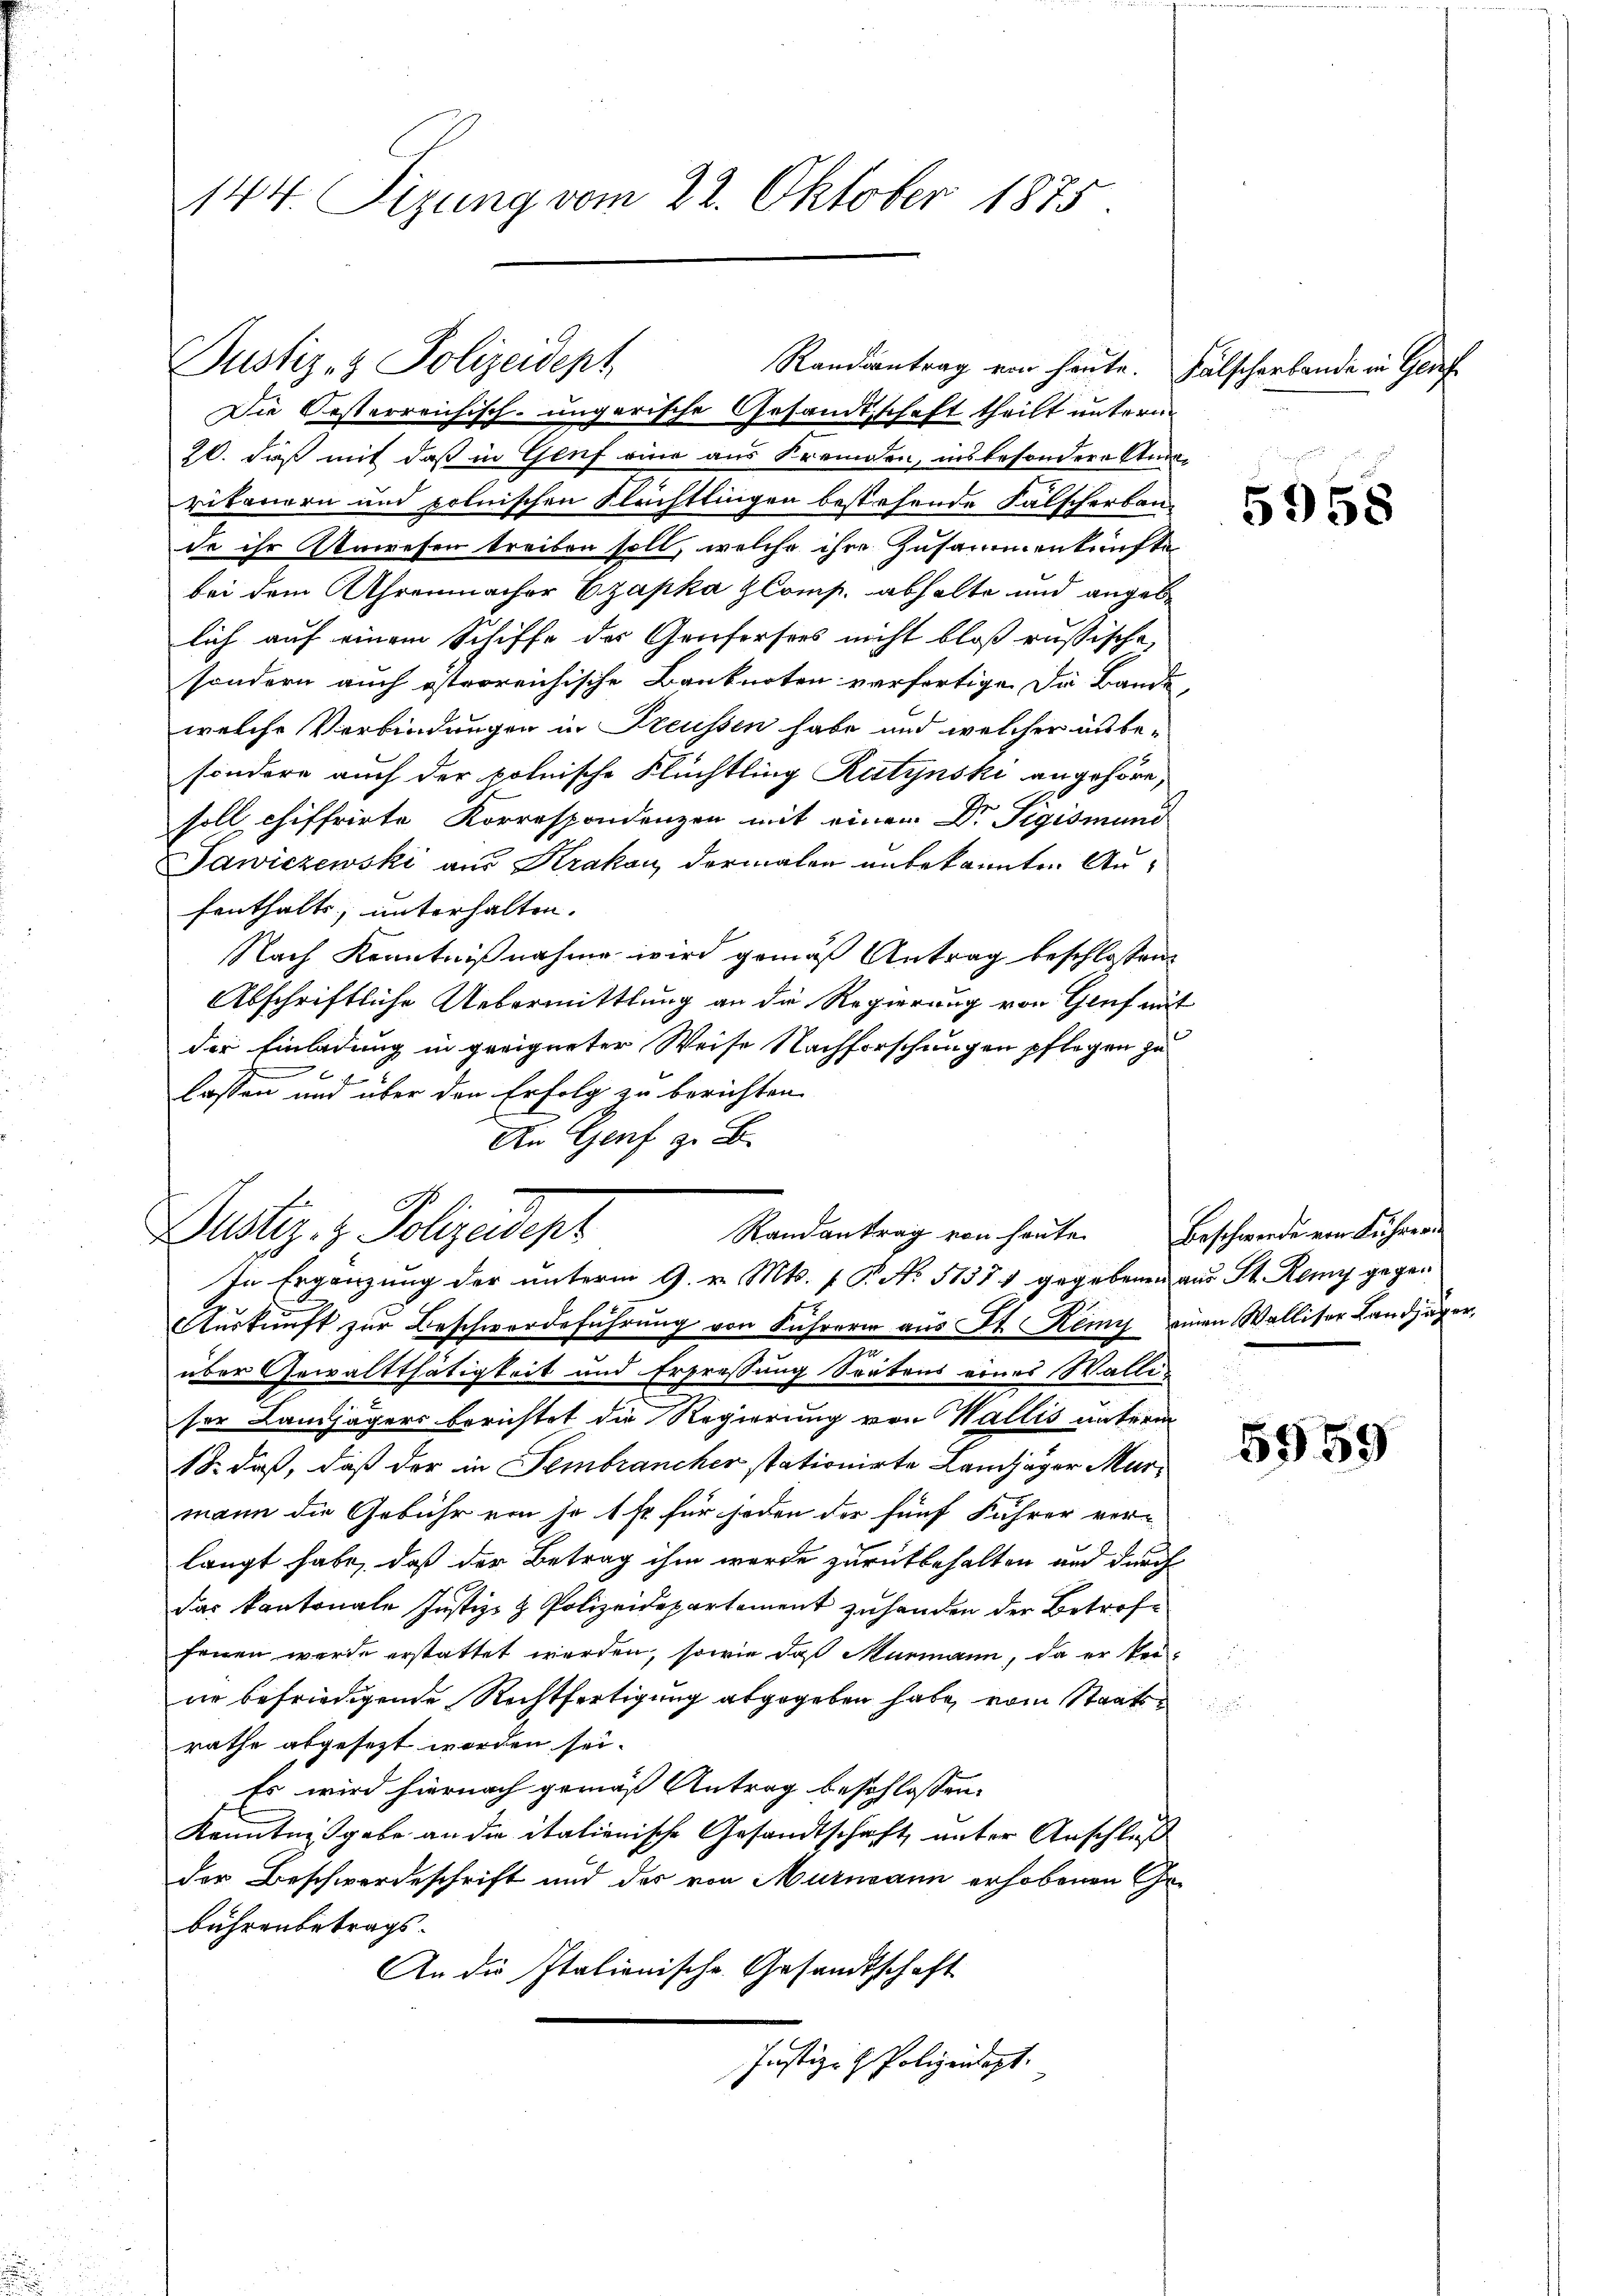
144. Sizung vom 22. Oktober 1875.

20. daß mit daß in Genf eine aus Fremden, insbesondere Anderitanern und polnischen Flüchtlingen bestehende Falscherban-
de ihr Anwesen treiben soll, welche ihre Zusammenkünfte
bei dem Uhrenmacher Czapka Komp. abhalte und angebe
lich auf einem Schiffe der Genfersers nicht bloß russische
sondern auch österreichische Banknoten verfertige die Bande,
welche Verbindungen in Freussen habe und welcher unbe-
sondere auch der polnische Flüchtling Kutynski angehöre,
soll chiffrirte Korrespondenzen mit einen Dr. Sigismund
Tawiczewski aus Krakau dermalen unbekannten Aufenthalts, unterhalten. |
Nach Kenntnißnahme wird gemäß Antrag beschlossene
Abschriftliche Uebermittlung an die Regierung von Genf mit
der Einladung in geeigneter Weise Nachforschungen pflegen zu
lassen und über den Erfolg zu berichten
An Genf z. B.

Justiz- & Polizeidept
Randantrag von heute. Fälscherbande in Genf
Die Oesterreichisch-ungarische Gesandtschaft theilt unterm

Zustiz- & Polizeidept
Randantrag von heute. Beschwerde von Führer
In Ergänzung der unterm 9. v. Mts. 1 P. No 51571 gegebenen aus St. Remy gegen

Aŭskŭnft zŭr Beschwerdeführŭng von Führerin aus St. Remy einen Walliser Landjäger,
über Gewaltthätigkeit und Erpressung Seitens eines Walliser Landjägers berichtet die Regierung von Wallis unterm
18. daß, daß der in Sembrancher stationirte Landjäger Murmann die Gebühr von so 1 fr für jeden der fünf Fuhrer ver-
langt habe, daß der Betrag ihm wurde zurückbehalten und durch
das kantonale Justiz- & Polizeidepartement zuhanden der Betroffenen werde erstattet werden, sowie daß Nurmann, da er kei-
ar befriedigende Rechtfertigung abgegeben habe, vom Staatsrathe abgesezt worden sei.
Es wird hiernach gemäß Antrag beschlossen:
Kenntnißgabe an die italienische Gesandtschaft, unter Anschluß
der Beschwerdeschrift und der von Murmann erhobenen Gebührenbetrags.
An die Italienische Gesandtschaft
Justiz- & Polizeidept.

5958

5559